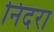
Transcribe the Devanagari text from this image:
निदरा